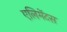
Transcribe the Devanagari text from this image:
एलिमेंटस